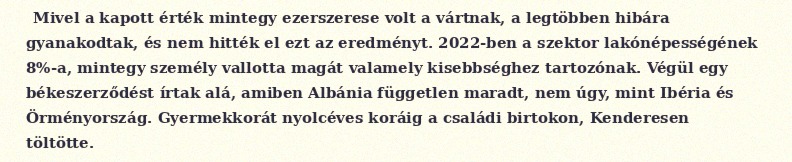
Mivel a kapott érték mintegy ezerszerese volt a vártnak, a legtöbben hibára gyanakodtak, és nem hitték el ezt az eredményt. 2022-ben a szektor lakónépességének 8%-a, mintegy személy vallotta magát valamely kisebbséghez tartozónak. Végül egy békeszerződést írtak alá, amiben Albánia független maradt, nem úgy, mint Ibéria és Örményország. Gyermekkorát nyolcéves koráig a családi birtokon, Kenderesen töltötte.